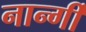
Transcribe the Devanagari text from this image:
नार्न्गी